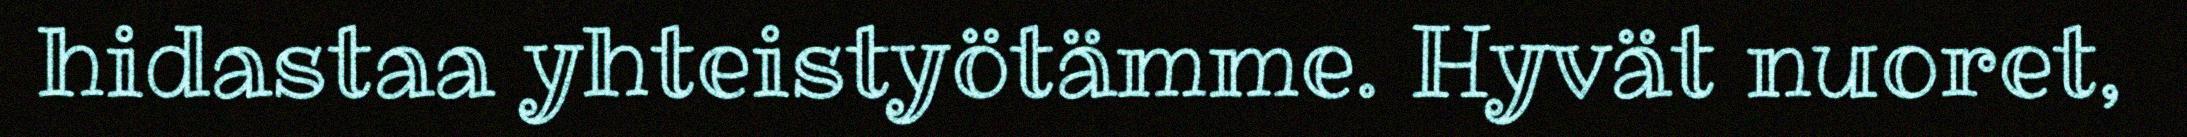
hidastaa yhteistyötämme. Hyvät nuoret,